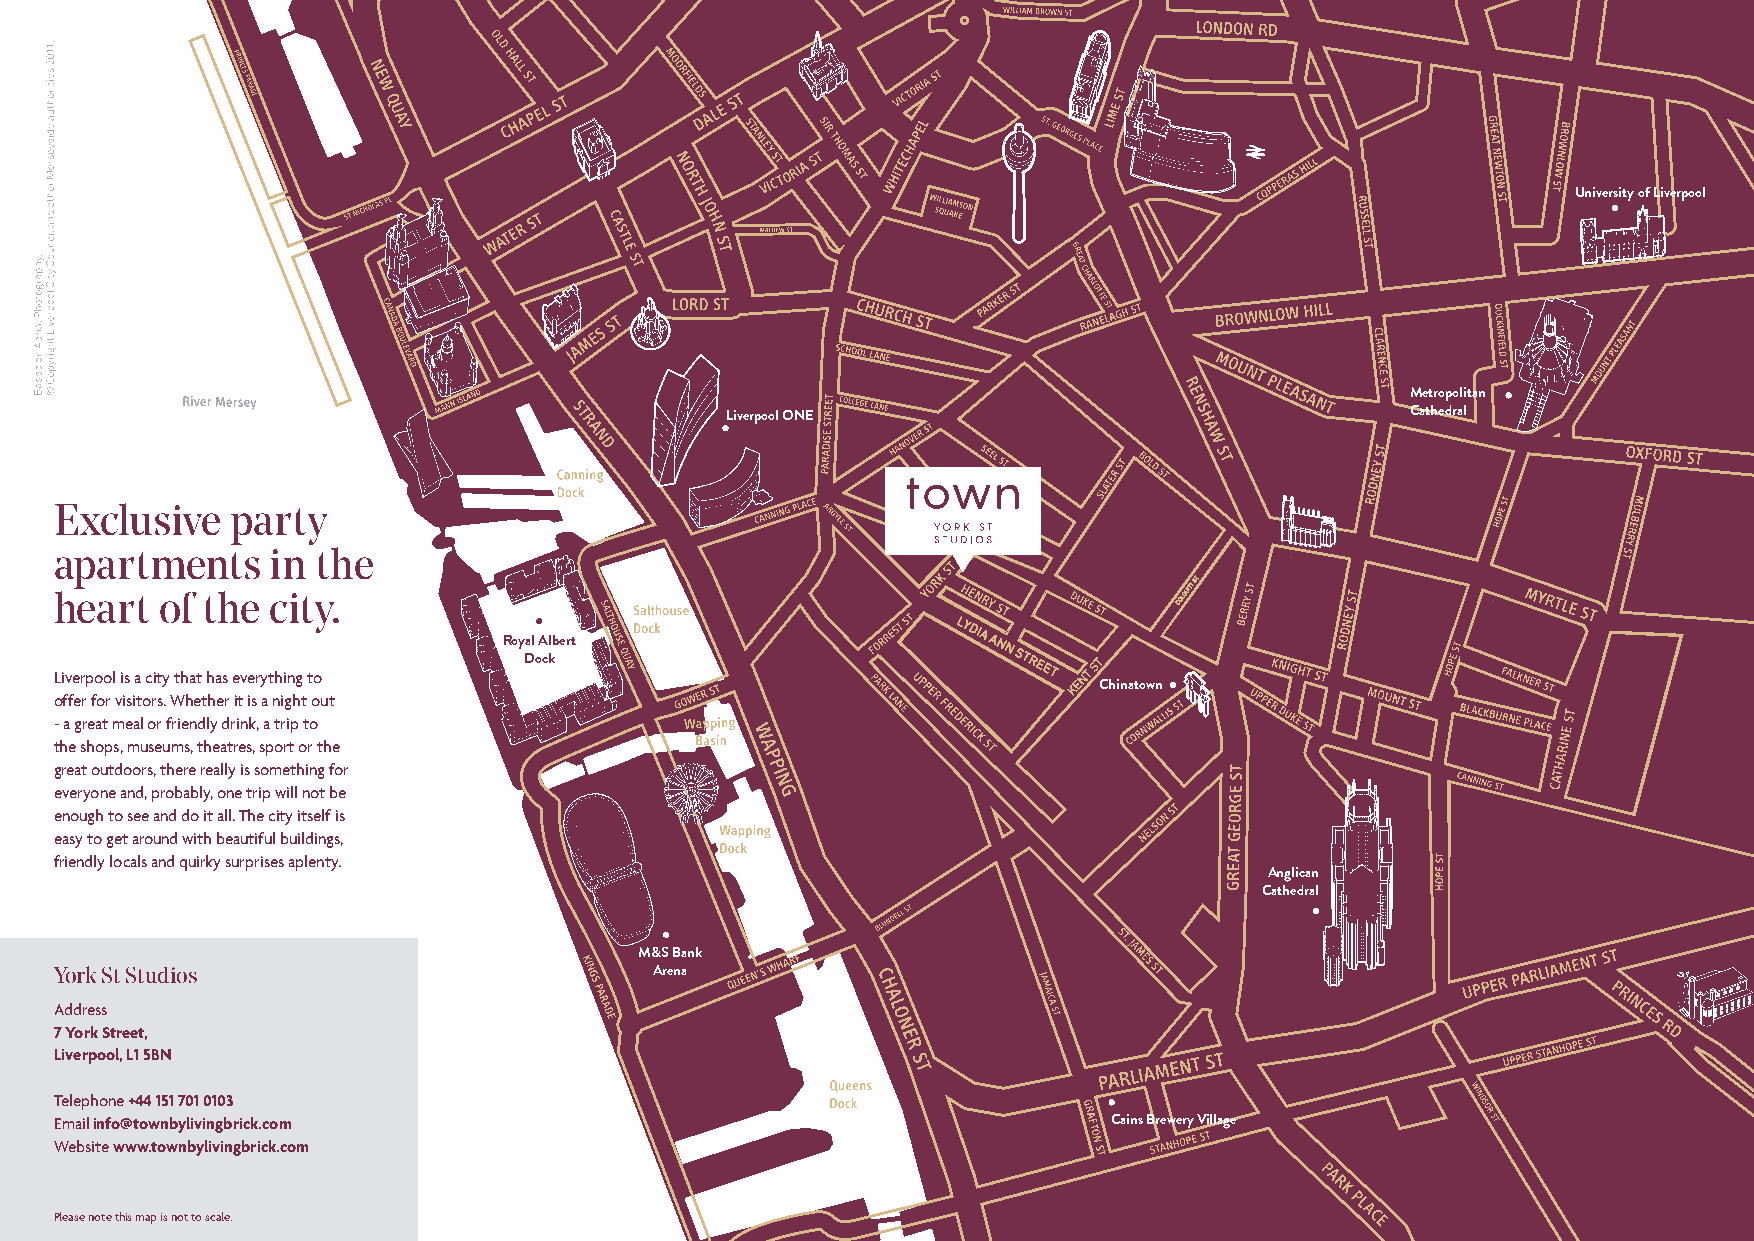
University of Liverpool
 Metropolitan
 Liverpool ONE                                Cathedral
 Exclusive  party
 apartments    in the
 heart  of the city.
 COLQUITT
 ST
 Royal Albert
 Liverpool is a city that has everything to
 Dock
 NT
 ST
 KE Chinatown
 offer for visitors. Whether it is a night out
 - a great meal or friendly drink, a trip to
 the shops, museums, theatres, sport or the
 great outdoors, there really is something for
 everyone and, probably, one trip will not be
 enough to see and do it all. The city itself is
 easy to get around with beautiful buildings,
 friendly locals and quirky surprises aplenty.
 Anglican
 Cathedral
 M&S Bank
 York St Studios                        Arena
 Address
 7 York Street,
 Liverpool, L1 5BN
 Telephone +44 151 701 0103
 Email info@townbylivingbrick.com                                      Cains Brewery Village
 Website www.townbylivingbrick.com
 Please note this map is not to scale.